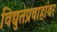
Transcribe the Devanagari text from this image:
विद्युतप्रवाहांवर